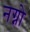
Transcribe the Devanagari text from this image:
नग्नो